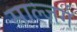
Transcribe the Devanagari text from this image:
साल्ज़र्ग